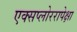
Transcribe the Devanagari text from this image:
एक्सप्लोररापेक्षा